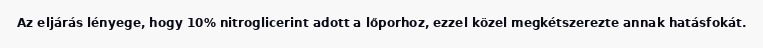
Az eljárás lényege, hogy 10% nitroglicerint adott a lőporhoz, ezzel közel megkétszerezte annak hatásfokát.